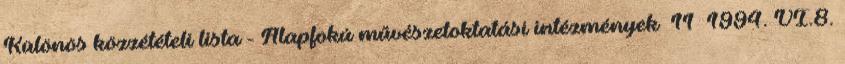
Különös közzétételi lista - Alapfokú művészetoktatási intézmények 11 1994. VI.8.